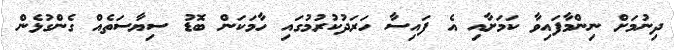
ދިނުމަށް ނިންމާފައިވާ ކަމަށާއި އެ ފައިސާ ހަރަދުކުރުމުގައި ހާމަކަން ބޮޑު ސިޔާސަތެއް ގެންގުޅެން